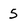
Character: 5